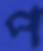
প